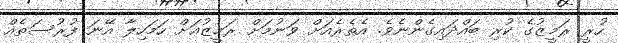
ހުރީ ރަމީޒުގެ ކުރި ބައްދައިގެންނެވެ. އެތެރެއަށް ވަނުމަށް ރަމީޒުއަށް ހަމަހިލާ އޭނަ ފުރުސަތެއް